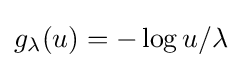
g_{\lambda }(u)=-\log u/\lambda